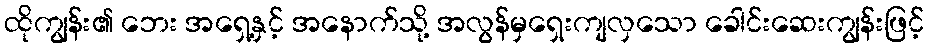
ထိုကျွန်း၏ ဘေး အရှေ့နှင့် အနောက်သို့ အလွန်မှရှေးကျလှသော ခေါင်းဆေးကျွန်းဖြင့်